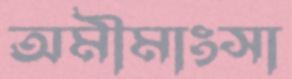
অমীমাংসা